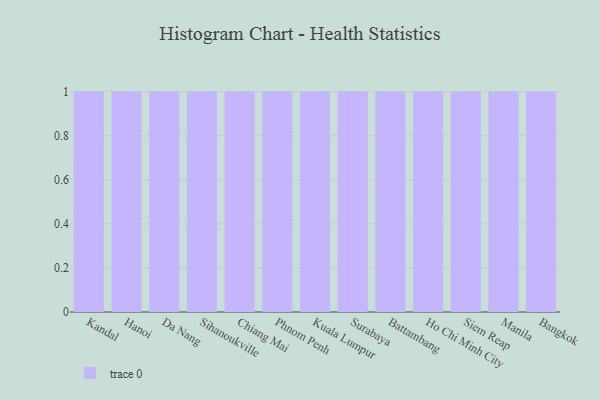
{"axis": {"x": "City", "y": "Shipments"}, "legend": [""], "data": [{"x": "Kandal", "y": 85, "type": ""}, {"x": "Hanoi", "y": 24, "type": ""}, {"x": "Da Nang", "y": 24, "type": ""}, {"x": "Sihanoukville", "y": 30, "type": ""}, {"x": "Chiang Mai", "y": 38, "type": ""}, {"x": "Phnom Penh", "y": 70, "type": ""}, {"x": "Kuala Lumpur", "y": 30, "type": ""}, {"x": "Surabaya", "y": 81, "type": ""}, {"x": "Battambang", "y": 61, "type": ""}, {"x": "Ho Chi Minh City", "y": 17, "type": ""}, {"x": "Siem Reap", "y": 41, "type": ""}, {"x": "Manila", "y": 23, "type": ""}, {"x": "Bangkok", "y": 60, "type": ""}]}